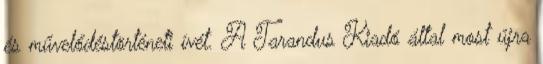
és művelődéstörténeti ívét. A Tarandus Kiadó által most újra